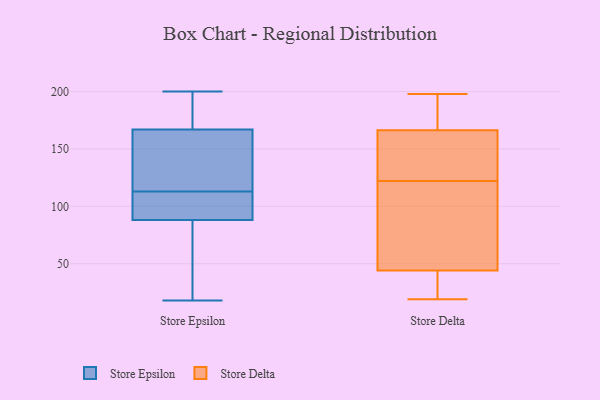
{"axis": {"x": "Waste Production (Tons)", "y": "Value"}, "legend": ["Store Delta", "Store Epsilon"], "data": [{"x": "", "y": 123, "type": "Store Epsilon"}, {"x": "", "y": 110, "type": "Store Epsilon"}, {"x": "", "y": 200, "type": "Store Epsilon"}, {"x": "", "y": 116, "type": "Store Epsilon"}, {"x": "", "y": 44, "type": "Store Epsilon"}, {"x": "", "y": 197, "type": "Store Epsilon"}, {"x": "", "y": 159, "type": "Store Epsilon"}, {"x": "", "y": 86, "type": "Store Epsilon"}, {"x": "", "y": 64, "type": "Store Epsilon"}, {"x": "", "y": 18, "type": "Store Epsilon"}, {"x": "", "y": 104, "type": "Store Epsilon"}, {"x": "", "y": 98, "type": "Store Epsilon"}, {"x": "", "y": 179, "type": "Store Epsilon"}, {"x": "", "y": 90, "type": "Store Epsilon"}, {"x": "", "y": 175, "type": "Store Epsilon"}, {"x": "", "y": 151, "type": "Store Epsilon"}, {"x": "", "y": 198, "type": "Store Delta"}, {"x": "", "y": 125, "type": "Store Delta"}, {"x": "", "y": 99, "type": "Store Delta"}, {"x": "", "y": 170, "type": "Store Delta"}, {"x": "", "y": 43, "type": "Store Delta"}, {"x": "", "y": 19, "type": "Store Delta"}, {"x": "", "y": 155, "type": "Store Delta"}, {"x": "", "y": 21, "type": "Store Delta"}, {"x": "", "y": 122, "type": "Store Delta"}, {"x": "", "y": 47, "type": "Store Delta"}, {"x": "", "y": 175, "type": "Store Delta"}]}